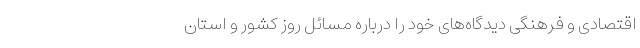
اقتصادی و فرهنگی دیدگاه‌های خود را درباره مسائل روز کشور و استان